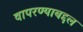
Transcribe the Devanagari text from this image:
वापरण्याबद्दल